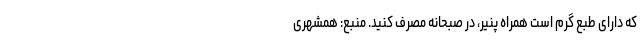
که دارای طبع گرم است همراه پنیر، در صبحانه مصرف کنید. منبع: همشهری